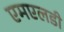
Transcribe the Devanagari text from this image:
एमएलडी